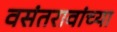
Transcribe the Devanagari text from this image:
वसंतरावांच्या